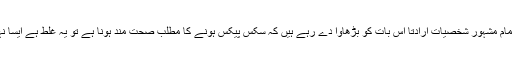
اگر یہ تمام مشہور شخصیات ارادتاً اس بات کو بڑھاوا دے رہے ہیں کہ سکس پیکس ہونے کا مطلب صحت مند ہونا ہے تو یہ غلط ہے ایسا نہیں ہوتا۔